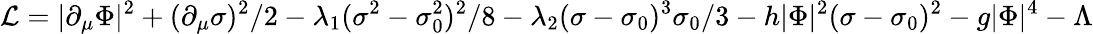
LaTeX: {\mathcal{L}}=|\partial_{\mu}\Phi|^{2}+(\partial_{\mu}\sigma)^{2}/2-\lambda_{1}(\sigma^{2}-\sigma_{0}^{2})^{2}/8-\lambda_{2}(\sigma-\sigma_{0})^{3}\sigma_{0}/3-h|\Phi|^{2}(\sigma-\sigma_{0})^{2}-g|\Phi|^{4}-\Lambda